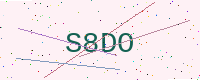
Text: S8DO